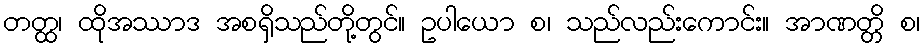
တတ္ထ၊ ထိုအဿာဒ အစရှိသည်တို့တွင်။ ဥပါယော စ၊ သည်လည်းကောင်း။ အာဏတ္တိ စ၊